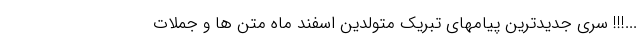
...!!! سری جدیدترین پیامهای تبریک متولدین اسفند ماه متن ها و جملات